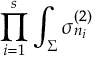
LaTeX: \prod _ { i = 1 } ^ { s } \int _ { \Sigma } \sigma _ { n _ { i } } ^ { ( 2 ) }